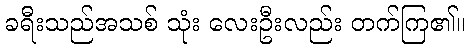
ခရီးသည်အသစ် သုံး လေးဦးလည်း တက်ကြ၏။